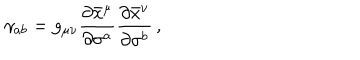
\gamma _ { a b } = g _ { \mu \nu } \frac { \partial \bar { x } ^ { \mu } } { \partial \sigma ^ { a } } \frac { \partial \bar { x } ^ { \nu } } { \partial \sigma ^ { b } } \, ,